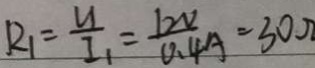
R _ { 1 } = \frac { u } { I _ { 1 } } = \frac { 1 2 V } { 0 . 4 A } = 3 0 \Omega